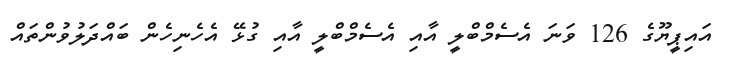
އައިޕީޔޫގެ 126 ވަނަ އެސެމްބްލީ އާއި އެސެމްބްލީ އާއި ގުޅޭ އެހެނިހެން ބައްދަލުވުންތައް